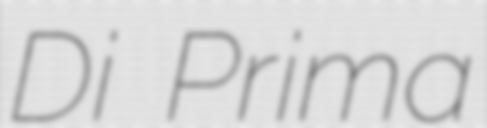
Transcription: Di Prima